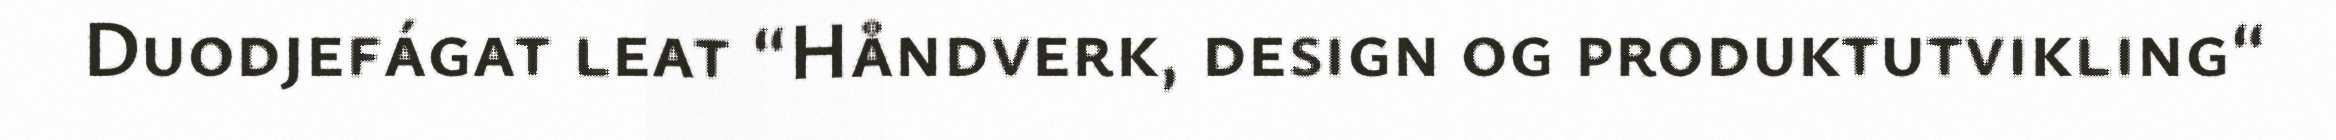
Duodjefágat leat “Håndverk, design og produktutvikling“